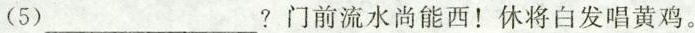
(5)___?门前流水尚能西！休将白发唱黄鸡。